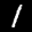
Label: 1